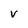
Character: V